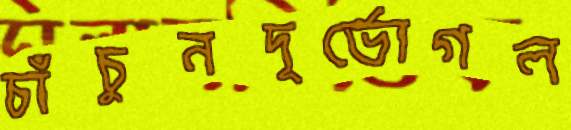
চাঁচুনদূর্ভোগল